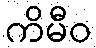
ကိမီဝ